Indian journal of veterinary science and animal husbandry - Volume 10,
Year: 1940
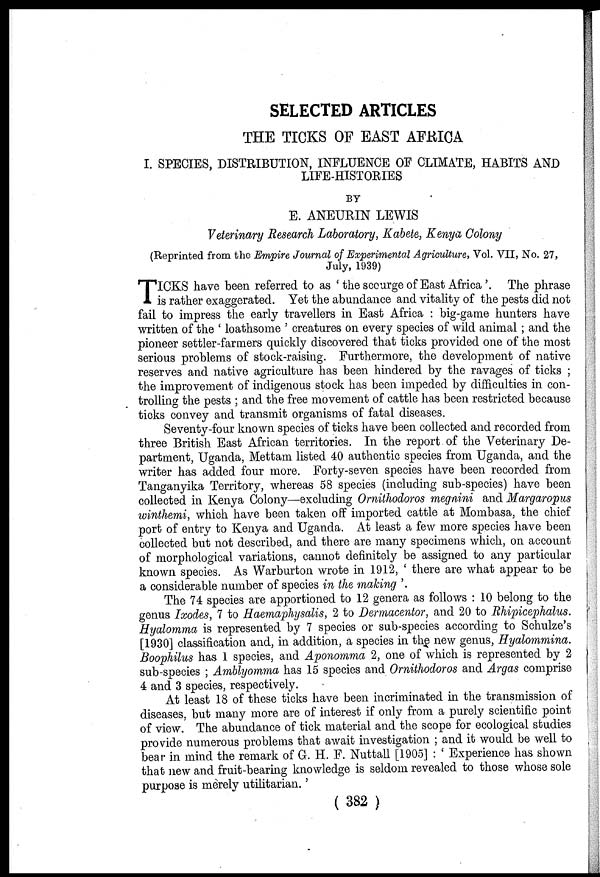
SELECTED ARTICLES
THE TICKS OF EAST AFRICA
I. SPECIES, DISTRIBUTION, INFLUENCE OF CLIMATE, HABITS AND
LIFE-HISTORIES
BY
E. ANEURIN LEWIS
Veterinary Research Laboratory, Kabete, Kenya Colony
(Reprinted from the Empire Journal of Experimental Agriculture, Vol. VII, No. 27,
July, 1939)
T ICKS have been referred to as 'the scourge of East Africa '. The phrase
is rather exaggerated. Yet the abundance and vitality of the pests did not
fail to impress the early travellers in East Africa : big-game hunters have
written of the ' loathsome ' creatures on every species of wild animal; and the
pioneer settler-farmers quickly discovered that ticks provided one of the most
serious problems of stock-raising. Furthermore, the development of native
reserves and native agriculture has been hindered by the ravages of ticks ;
the improvement of indigenous stock has been impeded by difficulties in con-
trolling the pests ; and the free movement of cattle has been restricted because
ticks convey and transmit organisms of fatal diseases.
Seventy-four known species of ticks have been collected and recorded from
three British East African territories. In the report of the Veterinary De-
partment, Uganda, Mettam listed 40 authentic species from Uganda, and the
writer has added four more. Forty-seven species have been recorded from
Tanganyika Territory, whereas 58 species (including sub-species) have been
collected in Kenya Colony—excluding Ornithodoros megnini and Margaropus
winthemi, which have been taken off imported cattle at Mombasa, the chief
port of entry to Kenya and Uganda. At least a few more species have been
collected but not described, and there are many specimens which, on account
of morphological variations, cannot definitely be assigned to any particular
known species. As Warburton wrote in 1912, ' there are what appear to be
a considerable number of species in the making '.
The 74 species are apportioned to 12 genera as follows : 10 belong to the
genus Ixodes, 7 to Haemaphysalis, 2 to Dermacentor, and 20 to Rhipicephalus.
Hyalomma is represented by 7 species or sub-species according to Schulze's
[1930] classification and, in addition, a species in the new genus, Hyalommina.
Boophilus has 1 species, and Aponomma 2, one of which is represented by 2
sub-species ; Amblyomma has 15 species and Ornithodoros and Argas comprise
4 and 3 species, respectively.
At least 18 of these ticks have been incriminated in the transmission of
diseases, but many more are of interest if only from a purely scientific point
of view. The abundance of tick material and the scope for ecological studies
provide numerous problems that await investigation ; and it would be well to
bear in mind the remark of G. H. F. Nuttall [1905] : ' Experience has shown
that new and fruit-bearing knowledge is seldom revealed to those whose sole
purpose is merely utilitarian. '
( 382 )